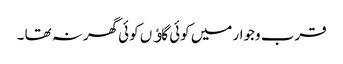
قرب وجوار میں کوئی گاﺅں کوئی گھرنہ تھا ۔